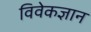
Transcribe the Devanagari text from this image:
विवेकज्ञान